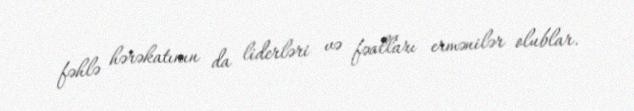
fəhlə hərəkatının da liderləri və fəalları ermənilər olublar.